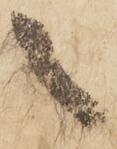
々